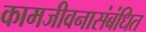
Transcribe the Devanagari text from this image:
कामजीवनासंबंधित